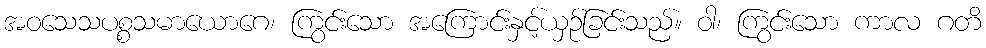
အဝသေသပစ္စသမာယောဂေ၊ ကြွင်းသော အကြောင်းနှင့်ယှဉ်ခြင်းသည်။ ဝါ၊ ကြွင်းသော ကာလ ဂတိ